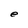
Character: e